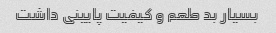
بسیار بد طعم و کیفیت پایینی داشت